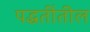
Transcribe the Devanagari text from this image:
पद्धतींतील